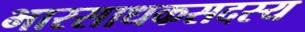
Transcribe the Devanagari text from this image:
भारसाधकसदस्य